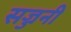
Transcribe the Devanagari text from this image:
सज्जनी